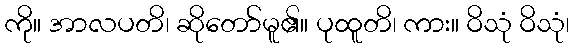
ကို။ အာလပတိ၊ ဆိုတော်မူ၏။ ပုထူတိ၊ ကား။ ဝိသုံ ဝိသုံ၊